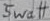
Text: 5watt